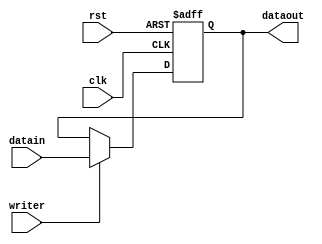
module registro (
	input clk,writer,rst,
	input [31:0] datain,
	output [31:0] dataout
);

reg [31:0] datareg;

initial
begin
	datareg=0;
end




//OUTPUT LOGIC
	assign dataout=datareg;


//INPUT LOGIC
always@(negedge clk, posedge rst)
begin
	if(rst)
	 datareg=0;
	else if(writer)
	 datareg=datain;
	else
	 datareg=dataout;
end

endmodule